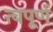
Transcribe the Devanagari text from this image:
त्वपूर्ण